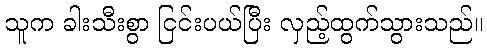
သူက ခါးသီးစွာ ငြင်းပယ်ပြီး လှည့်ထွက်သွားသည်။